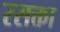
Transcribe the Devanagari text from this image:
रसक्ता